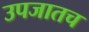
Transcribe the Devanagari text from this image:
उपजातच